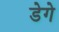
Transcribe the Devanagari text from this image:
डेगे